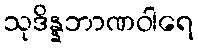
သုဒိန္နဘာဏဝါရေ